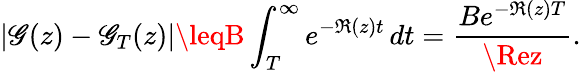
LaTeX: |\mathscr{G}(z)-\mathscr{G}_{T}(z)|\leqB\int_{T}^{\infty}e^{-\Re(z)t}\, dt={\frac{{Be^{-\Re(z)T}}}{{\Rez}}}.